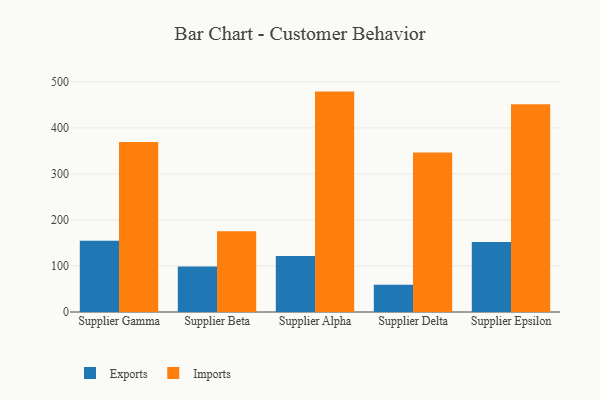
{"axis": {"x": "Supplier", "y": "Waste Production (Tons)"}, "legend": ["Exports", "Imports"], "data": [{"x": "Supplier Gamma", "y": 154.9, "type": "Exports"}, {"x": "Supplier Gamma", "y": 369.5, "type": "Imports"}, {"x": "Supplier Beta", "y": 98.7, "type": "Exports"}, {"x": "Supplier Beta", "y": 175.5, "type": "Imports"}, {"x": "Supplier Alpha", "y": 121.9, "type": "Exports"}, {"x": "Supplier Alpha", "y": 478.9, "type": "Imports"}, {"x": "Supplier Delta", "y": 59.1, "type": "Exports"}, {"x": "Supplier Delta", "y": 346.4, "type": "Imports"}, {"x": "Supplier Epsilon", "y": 151.9, "type": "Exports"}, {"x": "Supplier Epsilon", "y": 451.4, "type": "Imports"}]}